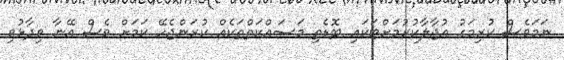
ނަމަވެސް ކުރިމަގު އުޖާލާކުރުމަށްޓަކައި ބޮޑެތި މަސައްކަތްތަކެއް ކުރަންޖެހޭ ކަމަށް ވެސް އޭނާ ވިދާޅުވި